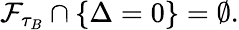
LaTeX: \mathcal{F}_{\tau_{B}}\cap\{ \Delta=0\} =\emptyset.